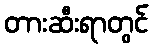
တားဆီးရာတွင်